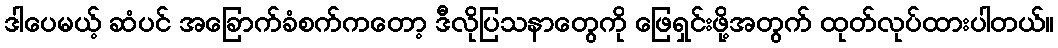
ဒါပေမယ့် ဆံပင် အခြောက်ခံစက်ကတော့ ဒီလိုပြသနာတွေကို ဖြေရှင်းဖို့အတွက် ထုတ်လုပ်ထားပါတယ်။